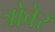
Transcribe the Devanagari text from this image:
त्रोवेर